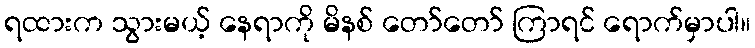
ရထားက သွားမယ့် နေရာကို မိနစ် တော်တော် ကြာရင် ရောက်မှာပါ။